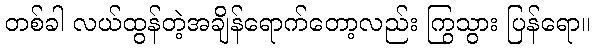
တစ်ခါ လယ်ထွန်တဲ့အချိန်ရောက်တော့လည်း ကြွသွား ပြန်ရော။